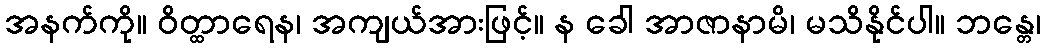
အနက်ကို။ ဝိတ္ထာရေန၊ အကျယ်အားဖြင့်။ န ခေါ အာဇာနာမိ၊ မသိနိုင်ပါ။ ဘန္တေ၊